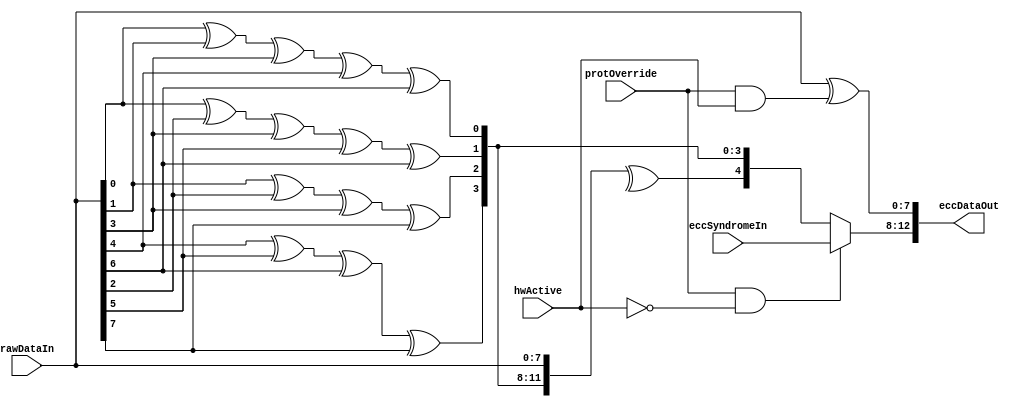
//////////////////////////////////////////////////////////////////////////////
// Copyright (c) 2006, Cisco Systems, Inc.
// All Rights Reserved.
//
// This is UNPUBLISHED PROPRIETARY SOURCE CODE of Cisco Systems, Inc;
// the contents of this file may not be disclosed to third parties, copied or
// duplicated in any form, in whole or in part, without the prior written
// permission of Cisco Systems, Inc.
//
// RESTRICTED RIGHTS LEGEND:
// Use, duplication or disclosure by the Government is subject to restrictions
// as set forth in subdivision (c)(1)(ii) of the Rights in Technical Data
// and Computer Software clause at DFARS 252.227-7013, and/or in similar or
// successor clauses in the FAR, DOD or NASA FAR Supplement. Unpublished -
// rights reserved under the Copyright Laws of the United States.
//
//////////////////////////////////////////////////////////////////////////////
//
// File          : CapEccGen
// Description   : ECC Generator
// $Heading$
//
//
//////////////////////////////////////////////////////////////////////////////

`timescale 1ns / 1ns

module CapEccGen 
   #(parameter WIDTH     = 8,
     parameter CODEWIDTH = 5
    )
   ( 
    input  wire  [WIDTH-1:0]               rawDataIn,
    input  wire                            hwActive,
    input  wire [CODEWIDTH-1:0] 	   eccSyndromeIn,
    input  wire                            protOverride,
     
    output wire  [WIDTH+CODEWIDTH-1:0]   eccDataOut
   );
   
   localparam TOTAL_BITS = WIDTH+CODEWIDTH;

`ifdef CAP_ECC_GLOBAL_BYPASS

   assign eccDataOut = { {CODEWIDTH{1'b0}},rawDataIn };

`else

   function integer log2;
      input [31:0] value;
      reg [31:0]   v; // not reusing value because of DC warning
      begin
	 v = value-1;
	 for (log2=0; v>0; log2=log2+1)
	    v = v>>1;
      end
   endfunction // log2


   integer               c, i, j;
   wire [TOTAL_BITS-1:0] hammingData;
   reg  [CODEWIDTH-1:0]  eccSyndrome;
   wire [CODEWIDTH-1:0]  eccOut;
   wire [WIDTH-1:0]      dataOut;
   
   //Generate Code and Data Interleaved Bits
   generate
      genvar 		tangleVar;
      assign hammingData[1:0]         = 2'b0;
      assign hammingData[TOTAL_BITS-1] = 1'b0;
      for (tangleVar=2; tangleVar < TOTAL_BITS-1; tangleVar=tangleVar+1) begin : inteleaveECC
	 case (tangleVar)
	    32'h0000_0003 : assign hammingData[tangleVar] = 1'b0;
            32'h0000_0007 : assign hammingData[tangleVar] = 1'b0;
            32'h0000_000f : assign hammingData[tangleVar] = 1'b0;
            32'h0000_001f : assign hammingData[tangleVar] = 1'b0;
            32'h0000_003f : assign hammingData[tangleVar] = 1'b0;
            32'h0000_007f : assign hammingData[tangleVar] = 1'b0;
            32'h0000_00ff : assign hammingData[tangleVar] = 1'b0;
            32'h0000_01ff : assign hammingData[tangleVar] = 1'b0;
            32'h0000_03ff : assign hammingData[tangleVar] = 1'b0;
            32'h0000_07ff : assign hammingData[tangleVar] = 1'b0;
            32'h0000_0fff : assign hammingData[tangleVar] = 1'b0;
            32'h0000_1fff : assign hammingData[tangleVar] = 1'b0;
            32'h0000_3fff : assign hammingData[tangleVar] = 1'b0;
            32'h0000_7fff : assign hammingData[tangleVar] = 1'b0;
            32'h0000_ffff : assign hammingData[tangleVar] = 1'b0;
            32'h0001_ffff : assign hammingData[tangleVar] = 1'b0;
            32'h0003_ffff : assign hammingData[tangleVar] = 1'b0;
            32'h0007_ffff : assign hammingData[tangleVar] = 1'b0;
            32'h000f_ffff : assign hammingData[tangleVar] = 1'b0;
            32'h001f_ffff : assign hammingData[tangleVar] = 1'b0;
            32'h003f_ffff : assign hammingData[tangleVar] = 1'b0;
            32'h007f_ffff : assign hammingData[tangleVar] = 1'b0;
            32'h00ff_ffff : assign hammingData[tangleVar] = 1'b0;
            32'h01ff_ffff : assign hammingData[tangleVar] = 1'b0;
            32'h03ff_ffff : assign hammingData[tangleVar] = 1'b0;
            32'h07ff_ffff : assign hammingData[tangleVar] = 1'b0;
            32'h0fff_ffff : assign hammingData[tangleVar] = 1'b0;
            32'h1fff_ffff : assign hammingData[tangleVar] = 1'b0;
            32'h3fff_ffff : assign hammingData[tangleVar] = 1'b0;
            32'h7fff_ffff : assign hammingData[tangleVar] = 1'b0;
            default       : assign hammingData[tangleVar] = rawDataIn[tangleVar-log2(tangleVar+1)];
	 endcase // case (sweepvar)
      end
   endgenerate

   always @ (*)
   begin
      eccSyndrome=0;
      for (c=0; c<(CODEWIDTH-1); c=c+1) begin
	 if (c==0) begin
	    for (i=0; i<TOTAL_BITS-1; i=i+2) begin
	       eccSyndrome[c] = eccSyndrome[c] ^  hammingData[i];
	    end
	 end else begin
	    for (i=(1'b1<<c)-1; i<TOTAL_BITS-1; i=i+(1'b1<<(c+1))) begin
	       for (j=0; (j<(1'b1<<c)) && ((i+j) < (TOTAL_BITS-1)); j=j+1) begin
		  eccSyndrome[c] = eccSyndrome[c] ^  hammingData[i+j];
	       end
	    end
	 end // else: !if(c==0)
      end // for (c=0; c<(CODEWIDTH-1); c=c+1)
      eccSyndrome[CODEWIDTH-1] = ^{eccSyndrome[CODEWIDTH-2:0], rawDataIn};
   end // always @ (*)

   assign eccOut  = (protOverride & ~hwActive) ? eccSyndromeIn : eccSyndrome;
   assign dataOut = rawDataIn ^ { {(WIDTH-1) {1'b0}}, (protOverride & hwActive)};

   assign eccDataOut = {eccOut, dataOut};
      
`endif
   
endmodule // CapEccGen

	
       
//
//$Log: CapEccGen.v,v $
//Revision 1.2  2013/07/04 00:07:12  gregries
//* fix multiple assign issue in CapEccGen.v (was same assign repeating in
//  loop, only spyglass cares)
//* waive stupidity about combining seq and comb state machine in one always,
//  irrelevant if all statments are nonblocking setting of registers
//* waive logcal not stupidity for BCAM and TCAM wrappers
//
//Revision 1.1  2013/01/31 03:10:12  abhasin2
//Adding files to dglobal used for memory instantiation in cray
//
//Revision 4.1  2012/03/13 22:25:42  rvish
//initial checkin for dopplerd with name changes. 4 tests fail in commit_regress - JtagDeviceIdJtagChipVTest, commitRtsCsmTestArray, PuzzleCoreEmulFlistTest and PlcResolutionBasicPlcTest
//
//Revision 4.0  2012/03/11 07:02:42  glambida
//Incrementing revision to 4.0
//
//Revision 3.1  2011/01/13 21:00:48  abbanerj
//global replace of doppler with dopplerd
//
//Revision 3.0  2011/01/13 19:53:21  abbanerj
//initial checkin for dopplerdcs.  start from version 3.0
//
//Revision 1.8  2010/02/19 03:07:48  gregries
//For Cap:
//- changed to not assert syndrome capture on R-M-W with protoverride set
//- changed behavior of hw write with protoverride set to inject 1-bit error
//- delay start of BIP gen if startBipCheck is clear
//
//For Nfl:
//- take in new CapTransactor required for above Cap changes
//- move 1-port FIFOs over to a custom one based on clock-gated pipeline mode
//- fix some unused, floating signals
//
//Revision 1.7  2009/10/06 22:08:22  gregries
//* fix misuse of parameter keyword
//
//Revision 1.6  2009/03/05 17:38:54  olicht
//IZ#2948: cosim performance :add hooks to eliminate parity,ecc,elam inside cap wrappers
//
//Revision 1.5  2008/06/05 13:58:58  sanam
//Spyglass issue work around
//
//Revision 1.4  2008/04/17 20:27:27  sanam
//Fixed interleaving index issues
//
//Revision 1.3  2008/04/14 21:01:14  sanam
//Corrected Indexing for the last ECC code bit with partial XOR cloud
//
//Revision 1.2  2008/04/02 15:04:42  sanam
//Spyglass Fixes
//
//Revision 1.1  2008/03/25 04:53:53  sanam
//Initial Check in For CAP Wrappers
//
//